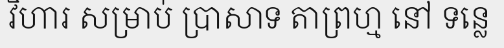
វិហារ សម្រាប់ ប្រាសាទ តាព្រហ្ម នៅ ទន្លេ